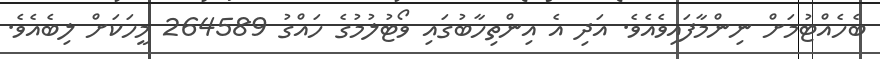
ބެހެއްޓުމަށް ނިންމާފައިވެއެވެ. އަދި އެ އިންތިހާބުގައި ވޯޓުލުމުގެ ހައްގު 264589 މީހަކަށް ލިބެއެވެ.